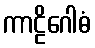
ကာဠိဂေါဓံ